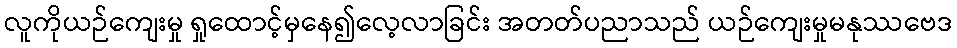
လူကိုယဉ်ကျေးမှု ရှုထောင့်မှနေ၍လေ့လာခြင်း အတတ်ပညာသည် ယဉ်ကျေးမှုမနုဿဗေဒ